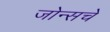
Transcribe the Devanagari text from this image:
जोन्सचे